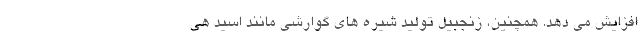
افزایش می دهد. همچنین، زنجبیل تولید شیره های گوارشی مانند اسید هی